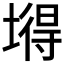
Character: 𡐙